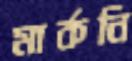
মার্কনি